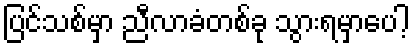
ပြင်သစ်မှာ ညီလာခံတစ်ခု သွားရမှာပေါ့